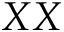
X X